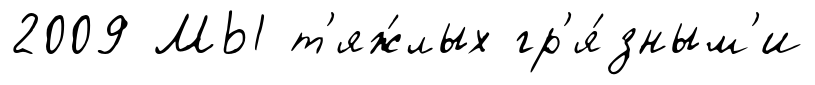
2009 МЫ т'яж́лых гр'я́зным'и